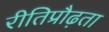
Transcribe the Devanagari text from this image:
रीतिप्रौढ़ता